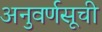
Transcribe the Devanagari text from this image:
अनुवर्णसूची